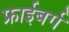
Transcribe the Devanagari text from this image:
फ्राईबर्ग